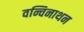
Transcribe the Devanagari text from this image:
वन्चिनाथन